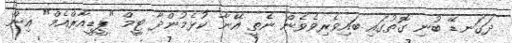
ދަގަނޑޭ ބުނި ގޮތުގައި ބައިވެރިވެވެން ނެތީ އޭނާ ކުޅެމުންދާ ޓީމް "ޕީޑީއާރްއެމް" އިން